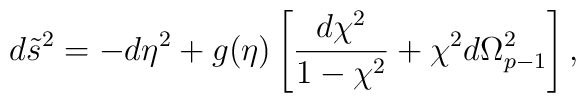
d\tilde{s}^2=-d\eta^2+g(\eta)\left[{{d\chi^2}\over{1-\chi^2}}+\chi^2d\Omega^2_{p-1}\right],